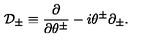
\mathcal { D } _ { \pm } \equiv \frac { \partial } { \partial \theta ^ { \pm } } - i \theta ^ { \pm } \partial _ { \pm } .